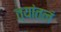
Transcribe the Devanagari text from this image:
त्यांतलं